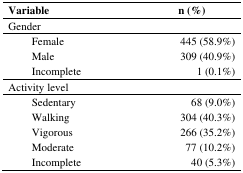
| <COLSPAN=2> Variable | n (%) |
 | --- | --- | --- |
 | <COLSPAN=3> Gender |
 |  | Female | 445 (58.9%) |
 |  | Male | 309 (40.9%) |
 |  | Incomplete | 1 (0.1%) |
 | <COLSPAN=3> Activity level |
 |  | Sedentary | 68 (9.0%) |
 |  | Walking | 304 (40.3%) |
 |  | Vigorous | 266 (35.2%) |
 |  | Moderate | 77 (10.2%) |
 |  | Incomplete | 40 (5.3%) |